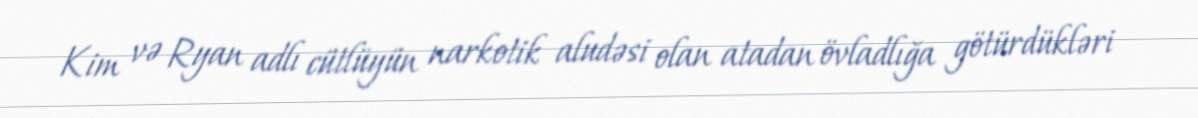
Kim və Ryan adlı cütlüyün narkotik aludəsi olan atadan övladlığa götürdükləri